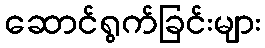
ဆောင်ရွက်ခြင်းများ